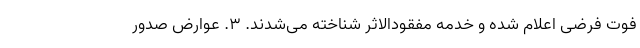
فوت فرضی اعلام شده و خدمه مفقودالاثر شناخته می‌شدند. ۳. عوارض صدور